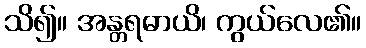
သိ၍။ အန္တရဓာယိ၊ ကွယ်လေ၏။